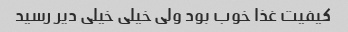
کیفیت غذا خوب بود ولی خیلی خیلی دیر رسید